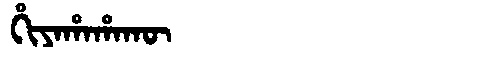
Manchu: ᡥᡳᠶᠠᡥᠠᡥᠠᡴᡡ
Romanization: HIYAHAHAKŪ